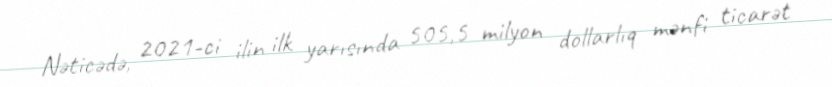
Nəticədə, 2021-ci ilin ilk yarısında 505,5 milyon dollarlıq mənfi ticarət